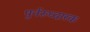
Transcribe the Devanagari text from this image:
पुर्नरूध्दारक